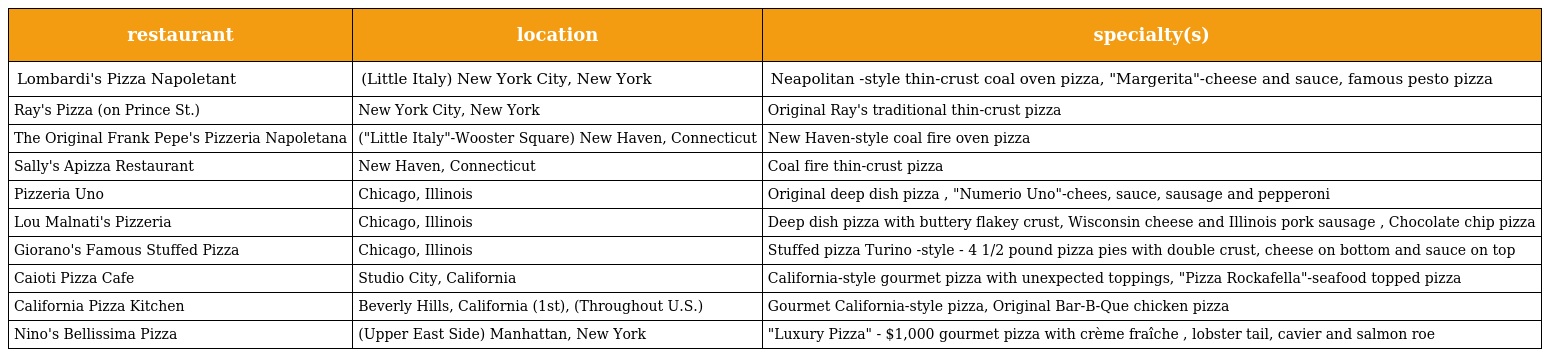
| restaurant | location | specialty(s) |
 | --- | --- | --- |
 | Lombardi's Pizza Napoletant | (Little Italy) New York City, New York | Neapolitan -style thin-crust coal oven pizza, "Margerita"-cheese and sauce, famous pesto pizza |
 | Ray's Pizza (on Prince St.) | New York City, New York | Original Ray's traditional thin-crust pizza |
 | The Original Frank Pepe's Pizzeria Napoletana | ("Little Italy"-Wooster Square) New Haven, Connecticut | New Haven-style coal fire oven pizza |
 | Sally's Apizza Restaurant | New Haven, Connecticut | Coal fire thin-crust pizza |
 | Pizzeria Uno | Chicago, Illinois | Original deep dish pizza , "Numerio Uno"-chees, sauce, sausage and pepperoni |
 | Lou Malnati's Pizzeria | Chicago, Illinois | Deep dish pizza with buttery flakey crust, Wisconsin cheese and Illinois pork sausage , Chocolate chip pizza |
 | Giorano's Famous Stuffed Pizza | Chicago, Illinois | Stuffed pizza Turino -style - 4 1/2 pound pizza pies with double crust, cheese on bottom and sauce on top |
 | Caioti Pizza Cafe | Studio City, California | California-style gourmet pizza with unexpected toppings, "Pizza Rockafella"-seafood topped pizza |
 | California Pizza Kitchen | Beverly Hills, California (1st), (Throughout U.S.) | Gourmet California-style pizza, Original Bar-B-Que chicken pizza |
 | Nino's Bellissima Pizza | (Upper East Side) Manhattan, New York | "Luxury Pizza" - $1,000 gourmet pizza with crème fraîche , lobster tail, cavier and salmon roe |